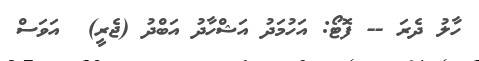
ހާލު ދެރަ -- ފޮޓޯ: އަހުމަދު އަޝްހާދު އަބްދު (ޖެރީ)  އަވަސް